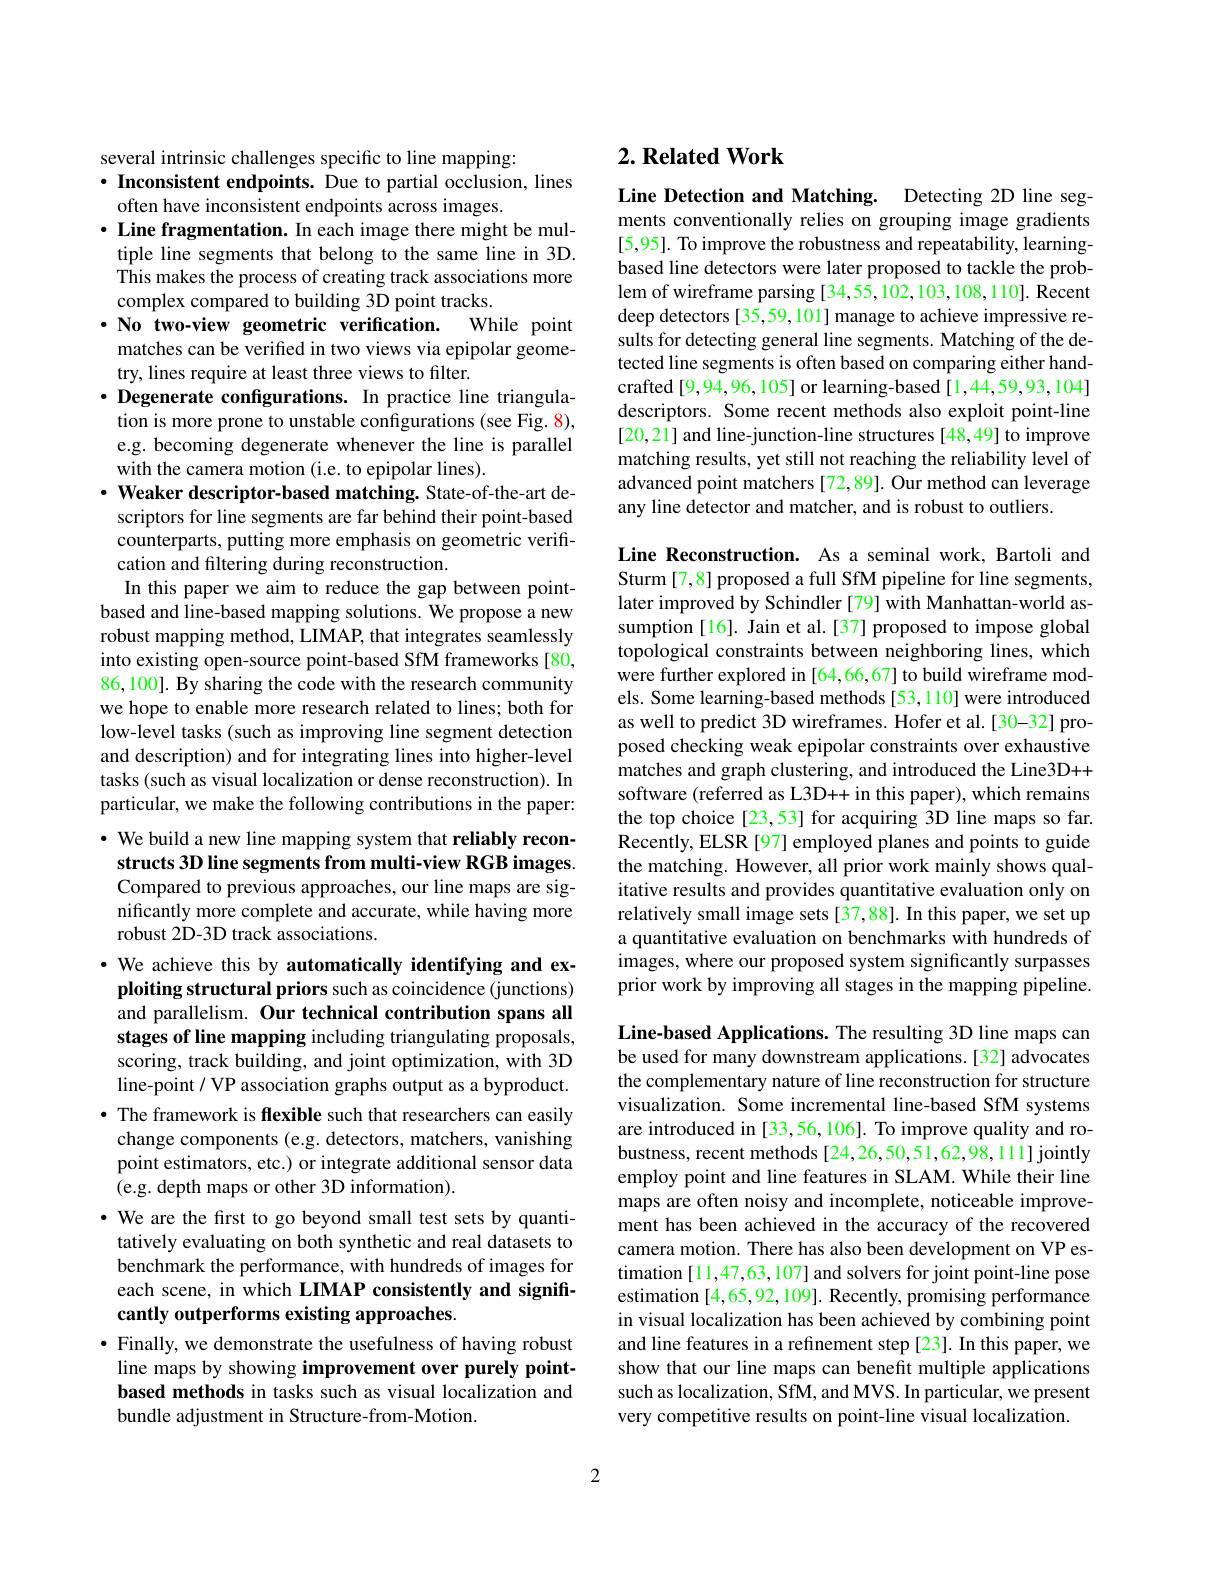
several intrinsic challenges specific to line mapping:
$\cdot$ Inconsistent endpoints. Due to partial occlusion, lines
often have inconsistent endpoints across images.
$\cdot$ Line fragmentation. In each image there might be mul-
tiple line segments that belong to the same line in 3D. $\hat{\text{This makes the process of creating track associations more}}$ complex compared to building 3D point tracks.
$\cdot \textbf{No two- view geometric verification. }$
While point
matches can be verified in two views via epipolar geome-
try, lines require at least three views to filter.
$\cdot$ Degenerate configurations. In practice line triangula-
tion is more prone to unstable configurations (see Fig. 8), e.g. becoming degenerate whenever the line is parallel with the camera motion (i.e. to epipolar lines).
$\cdot$ Weaker descriptor-based matching. State-of-the-art descriptors for line segments are far behind their point-based counterparts, putting more emphasis on geometric verification and filtering during reconstruction.
In this paper we aim to reduce the gap between pointbased and line-based mapping solutions. We propose a new robust mapping method, LIMAP, that integrates seamlessly into existing open-source point-based SfM frameworks [80, 86, 100]. By sharing the code with the research community we hope to enable more research related to lines; both for low-level tasks (such as improving line segment detection and description) and for integrating lines into higher-level tasks (such as visual localization or dense reconstruction). In particular, we make the following contributions in the paper: $\cdot$ We build a new line mapping system that reliably reconstructs 3D line segments from multi-view RGB images.

Compared to previous approaches, our line maps are sig-

nificantly more complete and accurate, while having more

robust 2D-3D track associations.

· We achieve this by automatically identifying and ex-

ploiting structural priors such as coincidence (junctions)

and parallelism. Our technical contribution spans all

stages of line mapping including triangulating proposals,

scoring, track building, and joint optimization, with 3D

line-point / VP association graphs output as a byproduct.

· The framework is flexible such that researchers can easily

change components (e.g. detectors, matchers, vanishing

point estimators, etc.) or integrate additional sensor data

(e.g. depth maps or other 3D information).

$\cdot$ We are the first to go beyond small test sets by quanti-

tatively evaluating on both synthetic and real datasets to

benchmark the performance, with hundreds of images for

each scene, in which LIMAP consistently and signifi-

cantly outperforms existing approaches.

$\bullet$ Finally, we demonstrate the usefulness of having robust

line maps by showing improvement over purely point-

based methods in tasks such as visual localization and

bundle adjustment in Structure-from-Motion.

## $2. \textbf{Related Work}$

Line Detection and Matching. Detecting 2D line segments conventionally relies on grouping image gradients [5,95]. To improve the robustness and repeatability, learningbased line detectors were later proposed to tackle the problem of wireframe parsing [34,55,102,103,108,110]. Recent deep detectors [35,59,101] manage to achieve impressive results for detecting general line segments. Matching of the detected line segments is often based on comparing either handcrafted [9,94,96,105] or learning-based [1,44,59,93,104] descriptors. Some recent methods also exploit point-line [20,21] and line-junction-line structures [48,49] to improve matching results, yet still not reaching the reliability level of advanced point matchers [72,89]. Our method can leverage any line detector and matcher, and is robust to outliers.

Line Reconstruction. As a seminal work, Bartoli and Sturm [7,8] proposed a full SfM pipeline for line segments, later improved by Schindler [79] with Manhattan-world assumption [16]. Jain et al.[37] proposed to impose global topological constraints between neighboring lines, which were further explored in [64,66,67] to build wireframe models. Some learning-based methods [53,110] were introduced as well to predict 3D wireframes. Hofer et al.[30-32] proposed checking weak epipolar constraints over exhaustive matches and graph clustering, and introduced the Line3D++ software (referred as L3D++ in this paper), which remains the top choice [23,53] for acquiring 3D line maps so far. Recently, ELSR [97] employed planes and points to guide the matching. However, all prior work mainly shows qualitative results and provides quantitative evaluation only on relatively small image sets[37,88]. In this paper, we set up a quantitative evaluation on benchmarks with hundreds of images, where our proposed system significantly surpasses prior work by improving all stages in the mapping pipeline.

Line-based Applications. The resulting 3D line maps can be used for many downstream applications.[32] advocates the complementary nature of line reconstruction for structure visualization. Some incremental line-based SfM systems are introduced in [33,56,106]. To improve quality and robustness, recent methods[24,26,50,51,62,98,11] jointly employ point and line features in SLAM. While their line maps are often noisy and incomplete, noticeable improvement has been achieved in the accuracy of the recovered camera motion. There has also been development on VP estimation [11,47,63,107] and solvers for joint point-line pose estimation [4,65,92,109]. Recently, promising performance in visual localization has been achieved by combining point and line features in a refinement step [23]. In this paper, we show that our line maps can benefit multiple applications such as localization, SfM, and MVS. In particular, we present very competitive results on point-line visual localization.

2